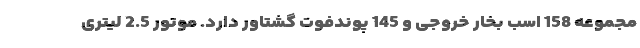
مجموعه 158 اسب بخار خروجی و 145 پوندفوت گشتاور دارد. موتور 2.5 لیتری